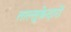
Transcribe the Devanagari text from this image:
ताल्लुक़ेदारों